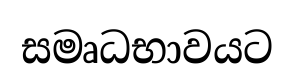
සමෘධභාවයට